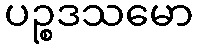
ပဉ္စဒသမော